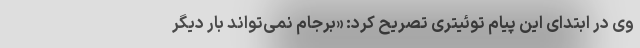
وی در ابتدای این پیام توئیتری تصریح کرد: «برجام نمی‌تواند بار دیگر